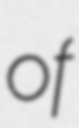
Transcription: of